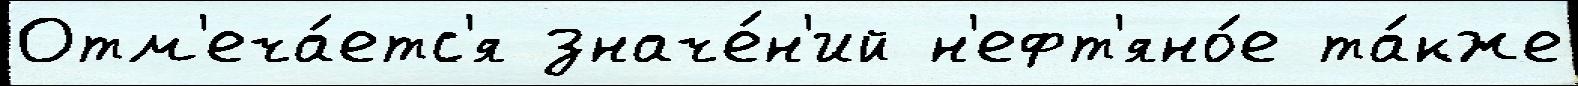
Отм'еча́етс'я значе́н'ий н'ефт'яно́е та́кже